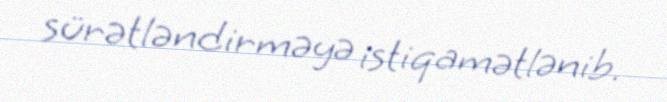
sürətləndirməyə istiqamətlənib.